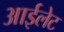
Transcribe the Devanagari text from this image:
आईलेट